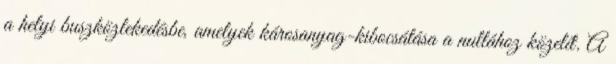
a helyi buszközlekedésbe, amelyek károsanyag-kibocsátása a nullához közelít. A